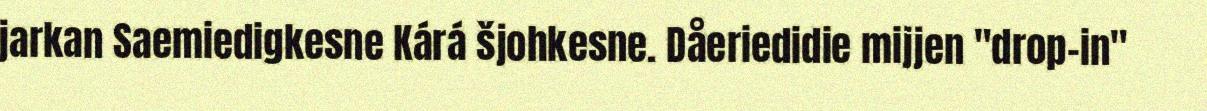
jarkan Saemiedigkesne Kárá šjohkesne. Dåeriedidie mijjen "drop-in"